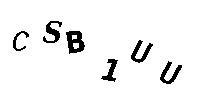
CSB1UU